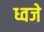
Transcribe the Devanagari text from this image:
ध्वजे